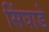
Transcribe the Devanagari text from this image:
सिंघाडे